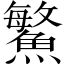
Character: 鰵